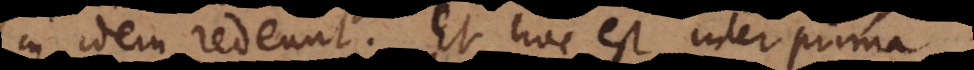
in idem redeunt. Et hoc est inter prima